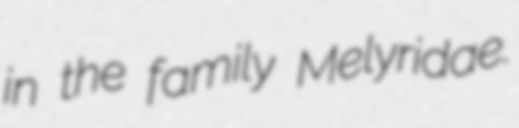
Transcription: in the family Melyridae.